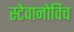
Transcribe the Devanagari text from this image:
स्टेवानोविच